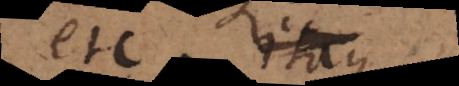
etc. Itaque